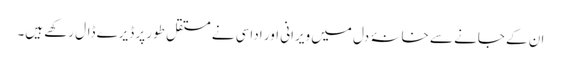
ان کے جانے سے خانۂ دل میں ویرانی اور اداسی نے مستقل طور پر ڈیرے ڈال رکھے ہیں۔